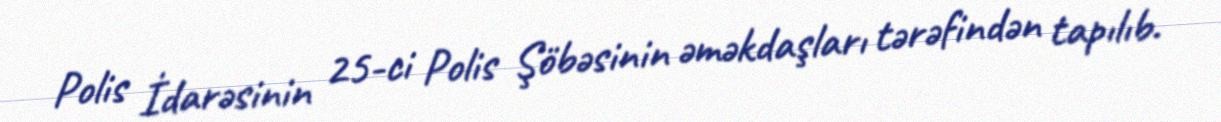
Polis İdarəsinin 25-ci Polis Şöbəsinin əməkdaşları tərəfindən tapılıb.